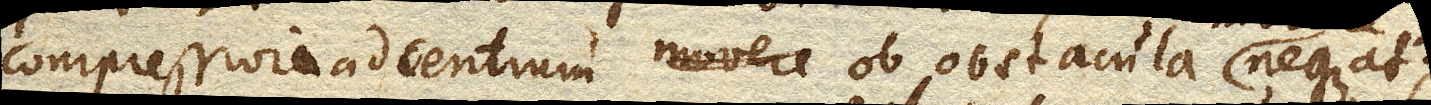
compressiora ad centrum ob obstacula movere negat;